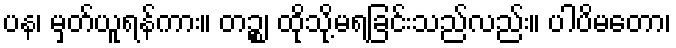
ပန၊ မှတ်ယူရန်ကား။ တဉ္စ၊ ထိုသို့မရခြင်းသည်လည်း။ ပါပိမတော၊